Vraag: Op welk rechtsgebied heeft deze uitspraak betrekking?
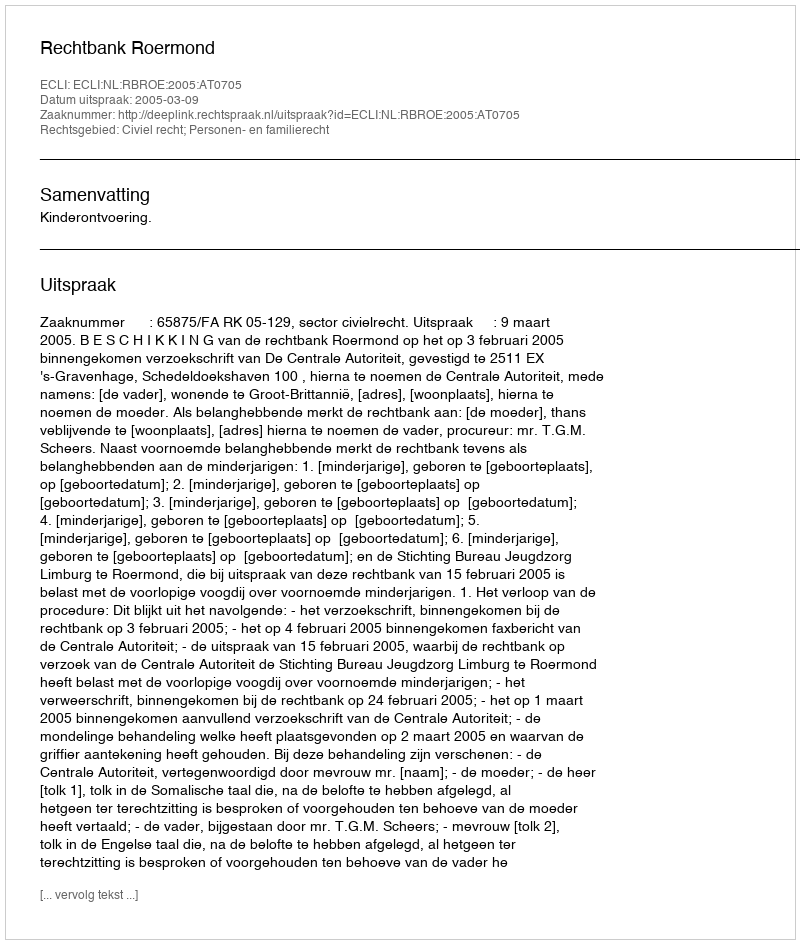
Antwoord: Civiel recht; Personen- en familierecht